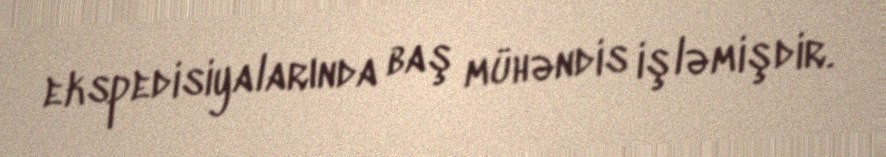
ekspedisiyalarında baş mühəndis işləmişdir.